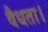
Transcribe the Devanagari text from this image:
वैधता।